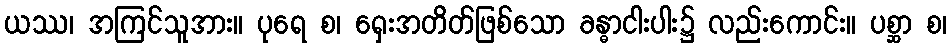
ယဿ၊ အကြင်သူအား။ ပုရေ စ၊ ရှေးအတိတ်ဖြစ်သော ခန္ဓာငါးပါး၌ လည်းကောင်း။ ပစ္ဆာ စ၊